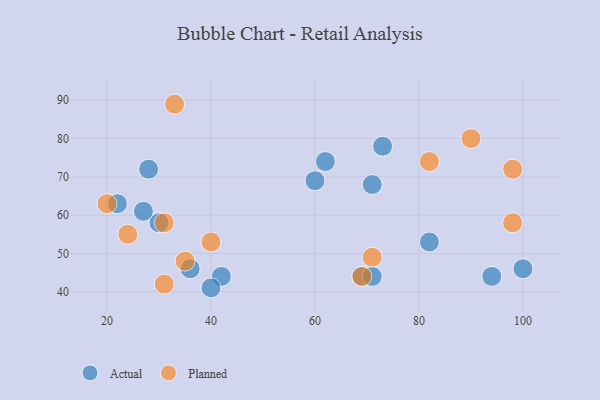
{"axis": {"x": "GDP", "y": "Life Expectancy"}, "legend": ["Actual", "Planned"], "data": [{"x": "82", "y": 53, "type": "Actual"}, {"x": "69", "y": 44, "type": "Actual"}, {"x": "27", "y": 61, "type": "Actual"}, {"x": "42", "y": 44, "type": "Actual"}, {"x": "62", "y": 74, "type": "Actual"}, {"x": "71", "y": 44, "type": "Actual"}, {"x": "22", "y": 63, "type": "Actual"}, {"x": "71", "y": 68, "type": "Actual"}, {"x": "40", "y": 41, "type": "Actual"}, {"x": "100", "y": 46, "type": "Actual"}, {"x": "28", "y": 72, "type": "Actual"}, {"x": "36", "y": 46, "type": "Actual"}, {"x": "30", "y": 58, "type": "Actual"}, {"x": "94", "y": 44, "type": "Actual"}, {"x": "60", "y": 69, "type": "Actual"}, {"x": "73", "y": 78, "type": "Actual"}, {"x": "71", "y": 49, "type": "Planned"}, {"x": "98", "y": 58, "type": "Planned"}, {"x": "90", "y": 80, "type": "Planned"}, {"x": "24", "y": 55, "type": "Planned"}, {"x": "31", "y": 58, "type": "Planned"}, {"x": "69", "y": 44, "type": "Planned"}, {"x": "40", "y": 53, "type": "Planned"}, {"x": "33", "y": 89, "type": "Planned"}, {"x": "35", "y": 48, "type": "Planned"}, {"x": "31", "y": 42, "type": "Planned"}, {"x": "20", "y": 63, "type": "Planned"}, {"x": "98", "y": 72, "type": "Planned"}, {"x": "82", "y": 74, "type": "Planned"}]}